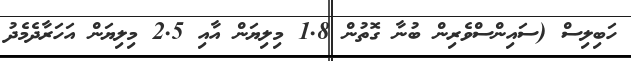
ހަބިލިސް (ސައިންސްވެރިން ބުނާ ގޮތުން 1.8 މިލިޔަން އާއި 2.5 މިލިޔަން އަހަރާދެމެދު